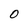
Character: O